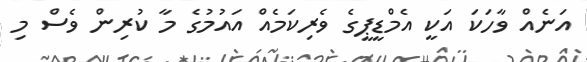
އަނެއް ވާހަކަ އަކީ އެމްޑީޕީގެ ވެރިކަމެއް އައުމުގެ މާ ކުރިން ވެސް މި